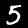
Digit: 5